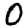
Digit: 0